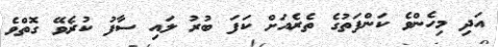
އަދި މިހެންވެ ކަންފަތުގެ ތެރެއަށް ކަފަ ބުރު ލައި ސާފު ކުރެވޭ ގޮތްވެ